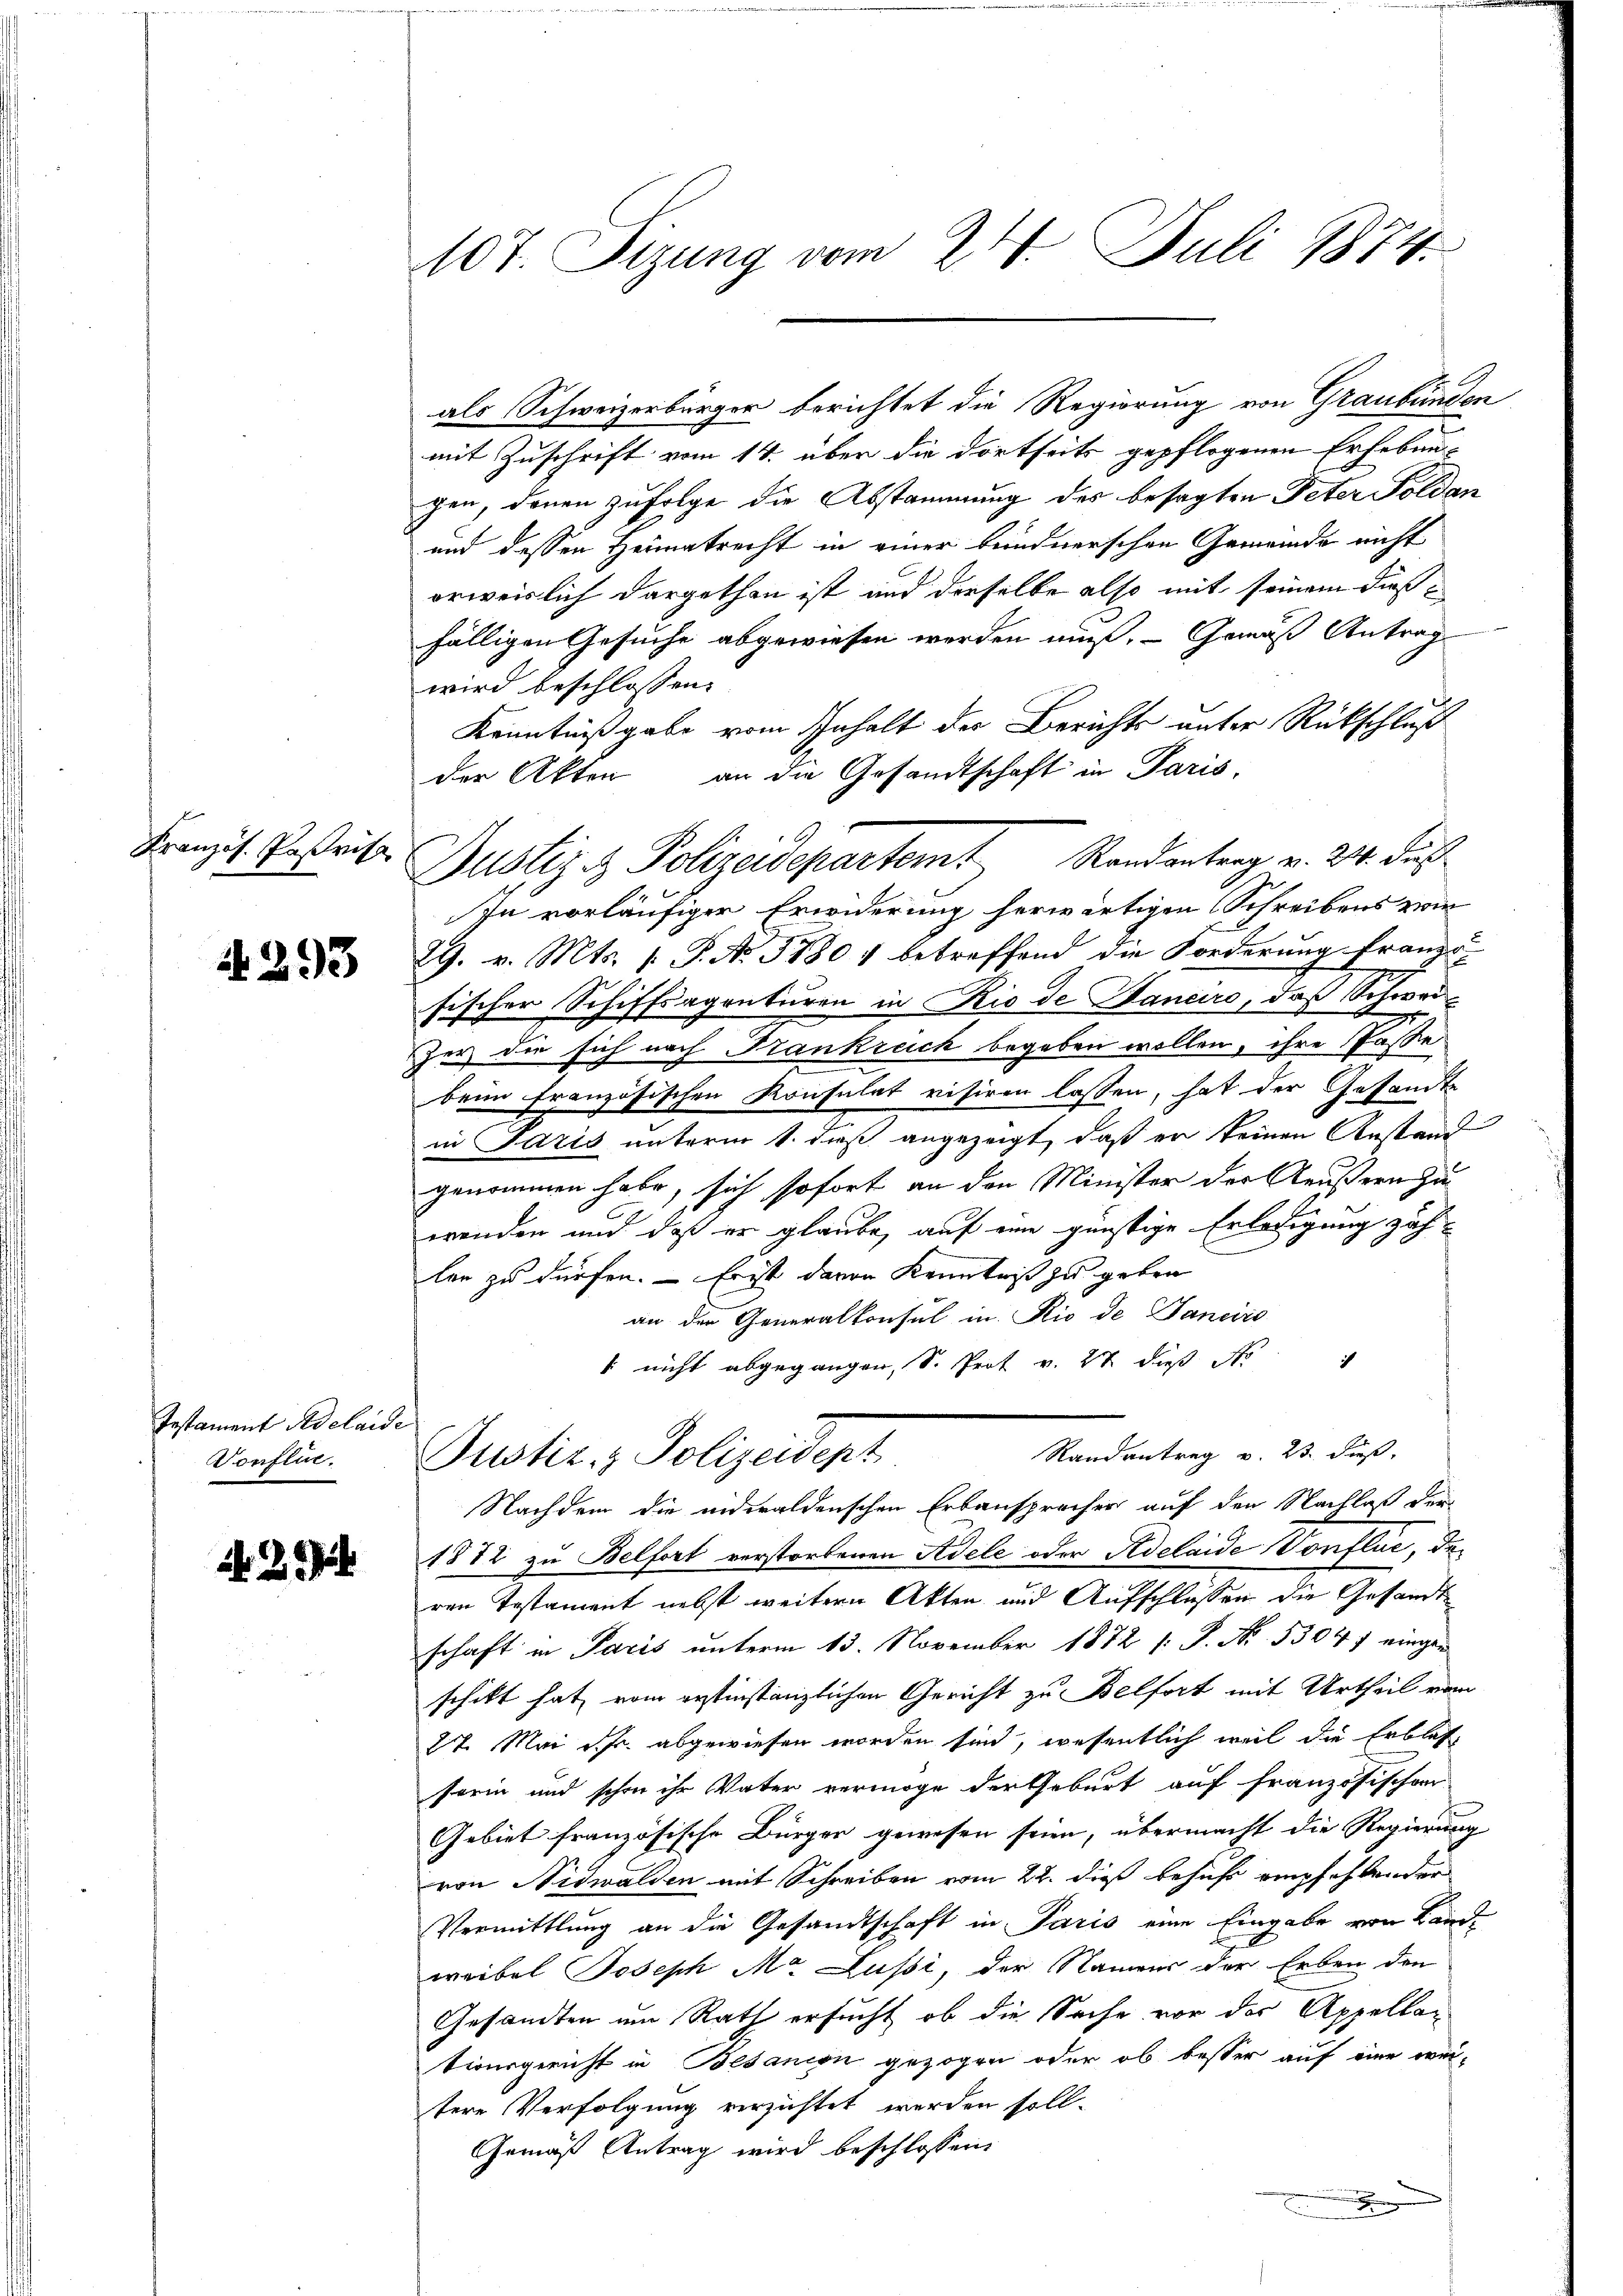
Kranzös. Parisc

A 293

Testament Adelaide
Vonflie.

2

107. Sizung vom 24. Juli 1874.

als Schweizerbürger berichtet die Regierung von Graubünden
mit Zuschrift vom 14. über die dortseits gepflogenen Erheben-
gen, denen zufolge die Abstammung des besagten Peter Folden
und dessen Heimatrecht in einer bundnerschen Gemeinde nicht
orweislich dargethan ist und derselbe also mit seinem dießfälligen Gesuche abgewiesen werden muß. — Gemäß Antrag
wird beschlossen:
Kenntnißgabe vom Inhalt der Berichts unter Rückschluß
der Akten an die Gesandtschaft in Paris,
Justiz- & Polizeidepartemt Randantrag v. 24. Jus
In vorläufiger Erwiderung herwärtigen Schreibens zwie
29. v. Mts. 1. P. No. 31801 betreffend die Forderung franzo
sischer Schiffsagenturen in Rio de Danaro, daß Schweizer die sich nach Frankreich begeben wollen, ihre Pässe
beim französischen Konsulat visiren lassen, hat der Gesandte
in Paris unterm 1. daß angezeigt, daß er keinen Anstand
genommen habe, sich sofort an den Minister der Aeußern zu
wenden und daß er glaube, auf eine günstige Erledigung zählen zu dürfen. — Er ist davon Kenntniß zu geben
an der Generalkonsul in Rio de Janeiro
ich
[ nicht abgegangen, S. Prof v. 27 dieß d
Randantrag v. 23. dieß.
Justiz & Polizeident
Nachdem die eidwaldenschen Erbansprecher auf den Nachlaß der
1872 zu Belfort verstorbenen Adele oder Adelaide Conflue, der
ren Testament nebst weitern Akten und Aufschlossen die Gesandt
schaft in Paris unterm 13. November 1872 s. S. Nr. 53047 eingen
schikt satz vom erstinstanzlichen Gericht zu Belfort mit Urtheil vom
27. Mai d. abgewiesen worden sind, wesentlich weil die Erblatt
sorm und schon ihr Vater vermöge der Geburt auf französischen
Gebiet französische Bürger gewesen seien, übermacht die Regierung
von Nidwalden mit Schreiben vom 22. dieß besucht empfehlender
Vermittlung an die Gesandtschaft in Paris eine Eingabe von Landweibel Joseph Mr. Lussi, der Namens der Erben den
Gesandten um Rath ersucht, ob die Sache vor der Appellationsgericht in Besanion gezogen oder ob besser auf eine wei-
tere Verfolgung verzichtet werden soll.
Gemäß Antrag wird beschlossen:
.